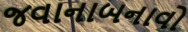
જવાનાબનાવો